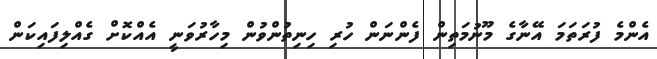
އެންމެ ފުރަތަމަ އޭނާގެ މޫނުމަތިން ފެންނަން ހުރި ހިނިތުންވުން މިހާރުވަނީ އެއްކޮށް ގެއްލިފައިކަން